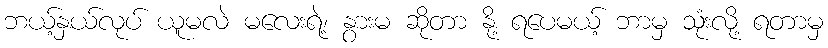
ဘယ့်နှယ်လုပ် ယူမလဲ မလေးရဲ့၊ နွားမ ဆိုတာ နို့ ရပေမယ့် ဘာမှ သုံးလို့ ရတာမှ